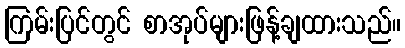
ကြမ်းပြင်တွင် စာအုပ်များဖြန့်ချထားသည်။